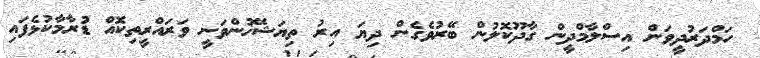
ހަމްދަރުދީވަން އިސްލާމްދީން ގާދޫކޮލުން ބޭރުވެގެން ދިޔަ އިރު ތިޔަޝޭޚުންވަނީ ވަރައްރީތިކޮއް ޑުރާމާކުޅެފައި